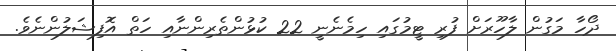
ދޯހާ މަގުން ލާހޫރަށް ފުރި ޓީމުގައި ހިމެނެނީ 22 ކުޅުންތެރިންނާއި ހަތް އޮފިޝަލުންނެވެ.